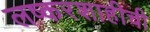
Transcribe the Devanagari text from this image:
लष्करशाहीची